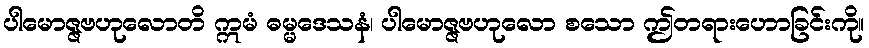
ပါမောဇ္ဇဗဟုလောတိ ဣမံ ဓမ္မဒေသနံ၊ ပါမောဇ္ဇဗဟုလော စသော ဤတရားဟောခြင်းကို။